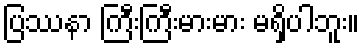
ပြဿနာ ကြီးကြီးမားမား မရှိပါဘူး။